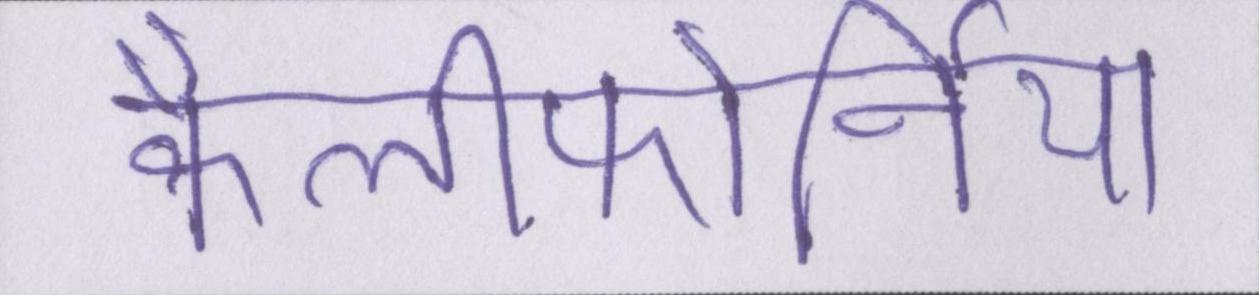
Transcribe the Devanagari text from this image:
कैलीफोर्निया